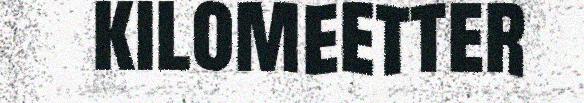
kilomeetter